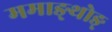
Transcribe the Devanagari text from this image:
ममाङ्थोङ्